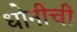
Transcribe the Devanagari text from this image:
धोनीची